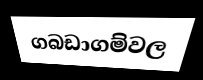
ගබඩාගම්වල